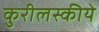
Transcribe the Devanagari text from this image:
कुरीलस्कीये